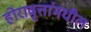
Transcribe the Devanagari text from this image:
होरावृत्तांमधील